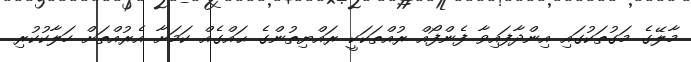
މާލޭގެ މަގުތަކުގައި އިންދާފައިވާ ފެންފޯއް ރުއްތަކަކީ ރައްޔިތުންގެ ޙައްގެއް ކަމަށާ އެރުއްތަށް ހަލާކުކުރި